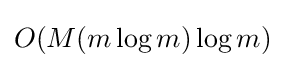
O(M(m\log m)\log m)